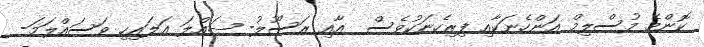
ކޮންމެ މުސްލިމް އަންހެނަކާއި ފިރިހެނަކުވެސް  އާއި ރަސޫލު- ޞައްލަ ޢަލައިހި ވަސައްލަމަ-